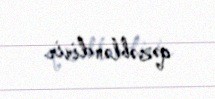
qəzəbləndirir.